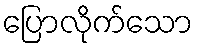
ပြောလိုက်သော